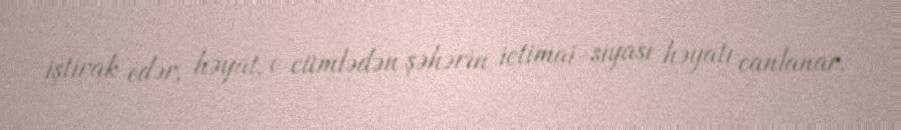
iştirak edər, həyat, o cümlədən şəhərin ictimai-siyasi həyatı canlanar.